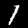
Label: 1